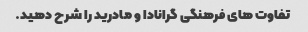
تفاوت های فرهنگی گرانادا و مادرید را شرح دهید.